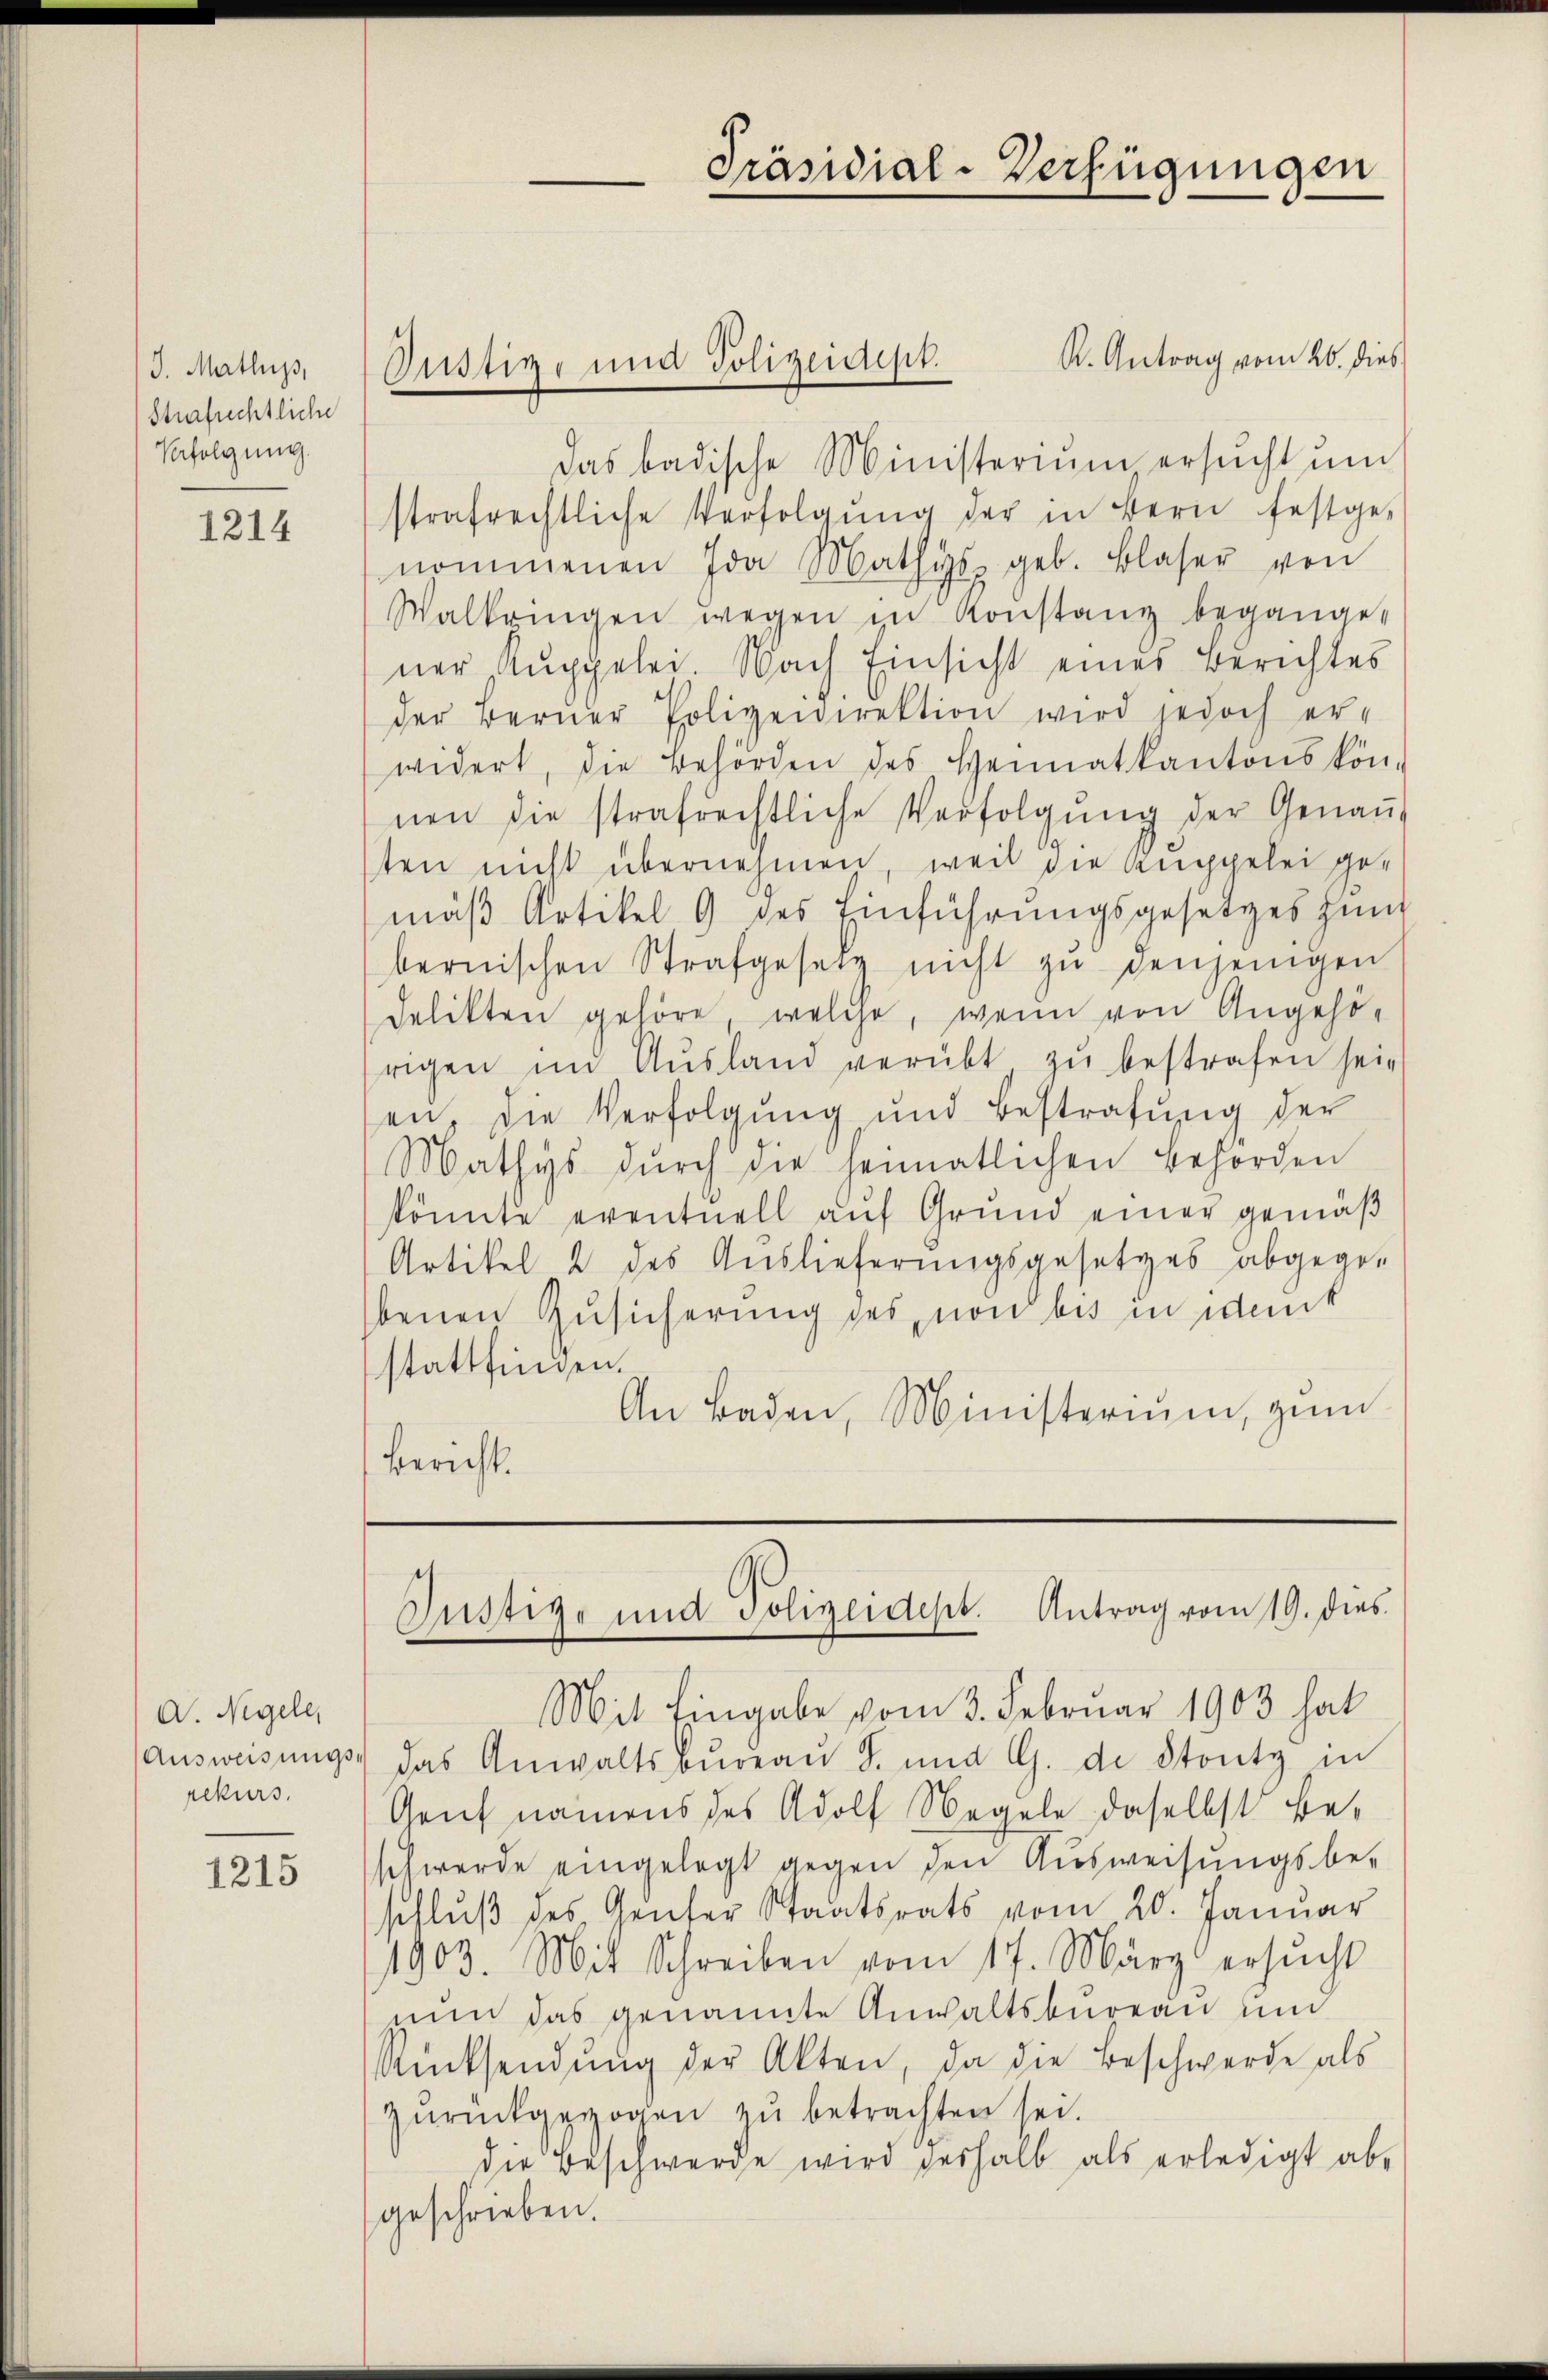
J. Matlups,
Strafrechtliche
Verfolgung.

1214

D. Nigele,
rekurs.

1215

K. Antrag vom 26. dies
das badische Ministerium ersucht um
strafrechtliche Verfolgŭng der in Bern festge-
nommenen Ida Mathis geb. Blaser von
Walbringen wegen in Konstanz begange-
ner Appelei Nach Einsicht einer Berichtes
der Berner Polizeidirektion wird jedoch er-
widert, die Behörden des Heimatkantons kön-
nen die strafrechtliche Verfolgŭng der Genaṅ
ten nicht übernehmen, weil die Kuppelei gemäβ Artikel 9 des Einführŭngsgesetzes zum
bernischen Strafgesetz nicht zŭ denjenigen
Delikten gehöre, welche, wenn von Angehö-
rigen im Aŭsland verübt zŭ bestrafen seie
en, die Verfolgung und Bestrafŭng der
Mathys dŭrch die heimatlichen Behörden
könnte eventuell auf Grund einer gemäß
Artikel 2 des Auslieferungsgesetzes abgege-
benen Zusicherung des von bis in ident
stattfinden.
An Baden, Ministerium, zŭm
Bericht.

Justiz- und Polizeidept.

Präsidial-Verfügungen

Justiz- und Polizeidest. Antrag vom 19. dies

Mit Eingabe vom 3. Februar 1903 hat
Aŭsweisŭngs- das Anwaltsbŭreaŭ S. und G. di Stontz in
Gant namens des Adolf Wegeln daselbst beschwerde eingelegt gegen den Ausweisungsbe-
schluß des Genter Staatsrats vom 20. Januar
1903. Mit Schreiben vom 17. März ersŭcht
nun das genannte Anwaltsbureau und
Rücksendŭng der Akten, da die Beschwerde als
zurückgezogen zu betrachten sei.
die Beschwerde wird deshalb als erledigt ab-
geschrieben.